Report of the Imperial Institute of Veterinary Research, Muktesar
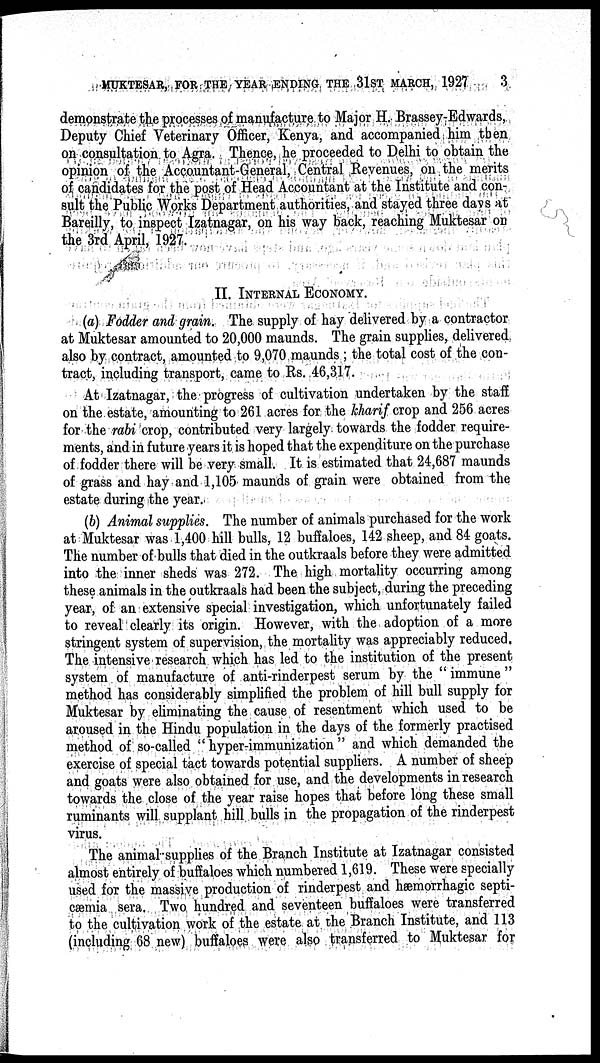
MUKTESAR, FOR THE YEAR ENDING THE 31ST MARCH, 1927
3
demonstrate the processes of manufacture to Major H. Brassey-Edwards,
Deputy Chief Veterinary Officer, Kenya, and accompanied him then
on consultation to Agra. Thence, he proceeded to Delhi to obtain the
opinion of the Accountant-General, Central Revenues, on the merits
of candidates for the post of Head Accountant at the Institute and con-
sult the Public Works Department authorities, and stayed three days at
Bareilly, to inspect Izatnagar, on his way back, reaching Muktesar on
the 3rd April, 1927.
II. INTERNAL ECONOMY.
(a) Fodder and grain. The supply of hay delivered by a contractor
at Muktesar amounted to 20,000 maunds. The grain supplies, delivered
also by contract, amounted to 9,070 maunds ; the total cost of the con-
tract, including transport, came to Rs. 46,317.
At Izatnagar, the progress of cultivation undertaken by the staff
on the estate, amounting to 261 acres for the kharif crop and 256 acres
for the rabi crop, contributed very largely towards the fodder require-
ments, and in future years it is hoped that the expenditure on the purchase
of fodder there will be very small. It is estimated that 24,687 maunds
of grass and hay and 1,105 maunds of grain were obtained from the
estate during the year.
(b) Animal supplies. The number of animals purchased for the work
at Muktesar was 1,400 hill bulls, 12 buffaloes, 142 sheep, and 84 goats.
The number of bulls that died in the outkraals before they were admitted
into the inner sheds was 272. The high mortality occurring among
these animals in the outkraals had been the subject, during the preceding
year, of an extensive special investigation, which unfortunately failed
to reveal clearly its origin. However, with the adoption of a more
stringent system of supervision, the mortality was appreciably reduced.
The intensive research which has led to the institution of the present
system of manufacture of anti-rinderpest serum by the " immune "
method has considerably simplified the problem of hill bull supply for
Muktesar by eliminating the cause of resentment which used to be
aroused in the Hindu population in the days of the formerly practised
method of so-called " hyper-immunization " and which demanded the
exercise of special tact towards potential suppliers. A number of sheep
and goats were also obtained for use, and the developments in research
towards the close of the year raise hopes that before long these small
ruminants will supplant hill bulls in the propagation of the rinderpest
virus.
The animal supplies of the Branch Institute at Izatnagar consisted
almost entirely of buffaloes which numbered 1,619. These were specially
used for the massive production of rinderpest and hæmorrhagic septi-
cæmia sera. Two hundred and seventeen buffaloes were transferred
to the cultivation work of the estate at the Branch Institute, and 113
(including 68 new) buffaloes were also transferred to Muktesar for